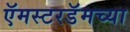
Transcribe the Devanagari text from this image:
ऍमस्टरडॅमच्या